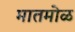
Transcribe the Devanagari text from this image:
मातमोळ